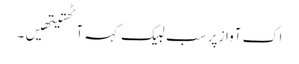
اک آواز پر سب لبیک کہہ آٹھتیتھیں۔